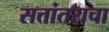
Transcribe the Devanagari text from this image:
सत्तांतराचा